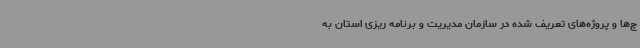
چ‌ها و پروژه‌های تعریف شده در سازمان مدیریت و برنامه ریزی استان به